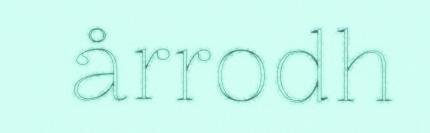
årrodh